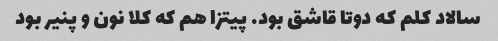
سالاد کلم که دوتا قاشق بود. پیتزا هم که کلا نون و پنیر بود